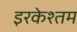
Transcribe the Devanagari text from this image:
इरकेश्तम